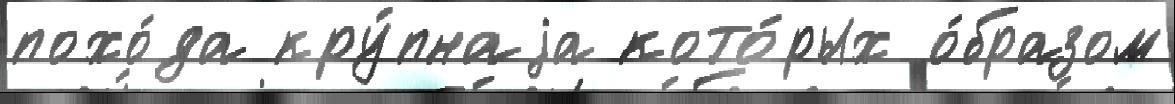
похо́да кру́пнаjа кото́рых о́бразом